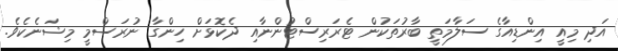
އަދި މިއީ އިންޑިއާގެ ސަލާމަތީ ބާރުތަކުން ޓެރަރިސްޓުންނާއި ދެކޮޅަށް ހިންގާ ނުރަސްމީ މިޝަނެކެވެ.